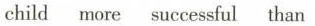
child more successful than